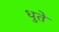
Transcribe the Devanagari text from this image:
धुते